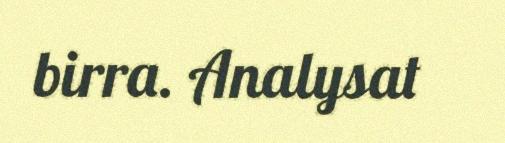
birra. Analysat